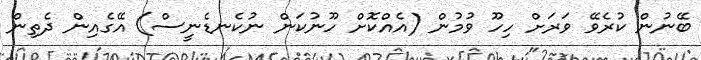
ބޭނުން ކުރެވޭ ވަރަށް ހިހޫ ވުމުން (އެއްކޮށް ހޫނުކަން ނުކެނޑެނީސް) އޭގެއިން ދެތިން